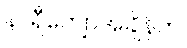
နာရီကျော်အချိန်က